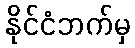
နိုင်ငံဘက်မှ